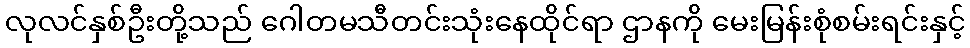
လုလင်နှစ်ဦးတို့သည် ဂေါတမသီတင်းသုံးနေထိုင်ရာ ဌာနကို မေးမြန်းစုံစမ်းရင်းနှင့်